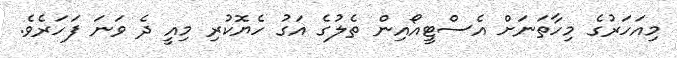
މިއަހަރުގެ މިހާތަނަށް އެސްޓީއޯއިން ތެލުގެ އަގު ހެޔޮކުރި މިއީ ދެ ވަނަ ފަހަރެވެ.